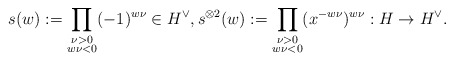
\begin{align*}s(w) := \prod_{\substack{\nu>0 \\ w\nu<0}} (-1)^{w\nu} \in H^\vee,s^{\otimes2}(w) := \prod_{\substack{\nu>0 \\ w\nu<0}} (x^{-w\nu})^{w\nu} : H\to H^\vee.\end{align*}